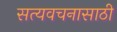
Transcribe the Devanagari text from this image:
सत्यवचनासाठी